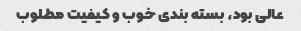
عالی بود، بسته بندی خوب و کیفیت مطلوب